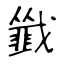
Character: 韱